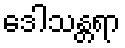
ဒေါသန္တရာ